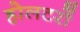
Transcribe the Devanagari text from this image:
होलटरों